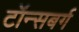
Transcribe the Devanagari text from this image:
टॉन्सबर्ग